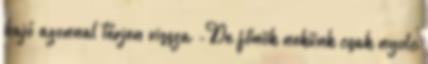
hajó azonnal térjen vissza -De főnök nekünk csak nyolc